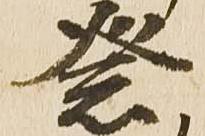
祭